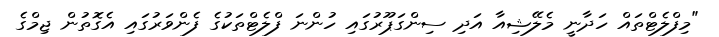
"މިފްލެޓްތައް ހަދާނީ މެލޭޝިއާ އަދި ސިންގަޕޫރުގައި ހުންނަ ފްލެޓްތަކުގެ ފެންވަރުގައި އެގޮތުން ޖިމްގެ